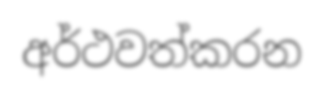
අර්ථවත්කරන